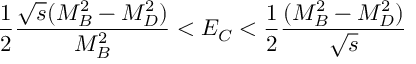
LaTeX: \frac { 1 } { 2 } \frac { \sqrt { s } ( M _ { B } ^ { 2 } - M _ { D } ^ { 2 } ) } { M _ { B } ^ { 2 } } < E _ { C } < { \frac { 1 } { 2 } } { \frac { ( M _ { B } ^ { 2 } - M _ { D } ^ { 2 } ) } { \sqrt { s } } }